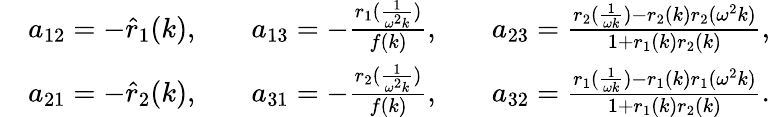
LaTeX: \begin{array}{rlrlrl}&{a_{12}=-\hat{r}_{1}(k),}&&{a_{13}=-\frac{r_{1}(\frac{1}{\omega^{2}k})}{f(k)},}&&{a_{23}=\frac{r_{2}(\frac{1}{\omega k})-r_{2}(k)r_{2}(\omega^{2}k)}{1+r_{1}(k)r_{2}(k)},}\\ &{a_{21}=-\hat{r}_{2}(k),}&&{a_{31}=-\frac{r_{2}(\frac{1}{\omega^{2}k})}{f(k)},}&&{a_{32}=\frac{r_{1}(\frac{1}{\omega k})-r_{1}(k)r_{1}(\omega^{2}k)}{1+r_{1}(k)r_{2}(k)}.}\end{array}